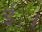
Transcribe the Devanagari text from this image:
ई॰।